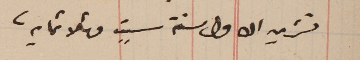
تشرين الاول سنة ستٍ وثلاثمايه.